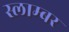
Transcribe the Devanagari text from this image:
स्लाम्बर